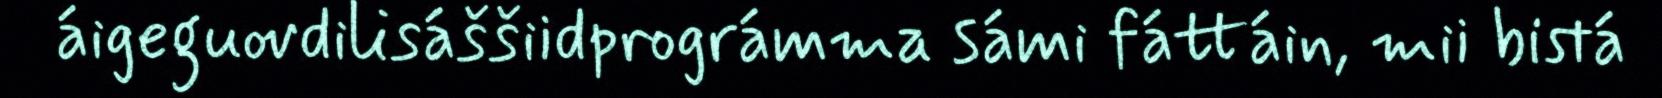
áigeguovdilisáššiidprográmma sámi fáttáin, mii bistá